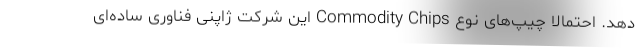
دهد. احتمالا چیپ‌های نوع Commodity Chips این شرکت ژاپنی فناوری ساده‌ای